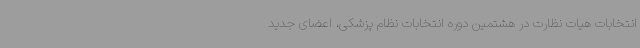
انتخابات هیات نظارت در هشتمین دوره انتخابات نظام پزشکی، اعضای جدید